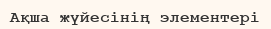
Ақша жүйесінің элементері